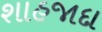
શાહજાદા